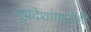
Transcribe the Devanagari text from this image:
भूप्रदेशांमध्येही